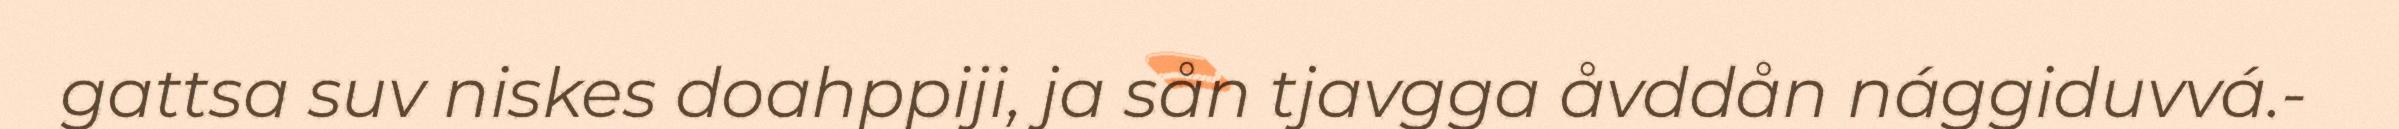
gattsa suv niskes doahppiji, ja sån tjavgga åvddån nággiduvvá.-